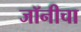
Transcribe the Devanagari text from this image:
जॉनीचा